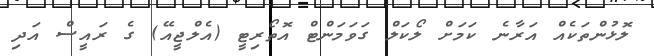
ލޮޅުންތަކެއް އަރާނެ ކަމަށް ލޯކަލް ގަވަމަންޓް އޮތޯރިޓީ (އެލްޖީއޭ) ގެ ރައީސް އަދި